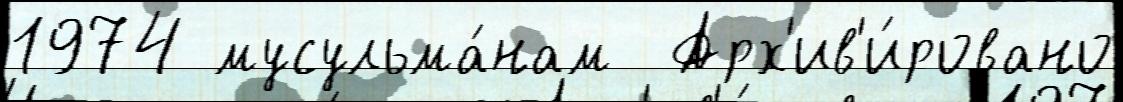
1974 мусульма́нам  Арх'ив'и́ровано